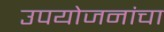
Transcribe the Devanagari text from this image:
उपयोजनांचा